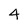
Character: 4